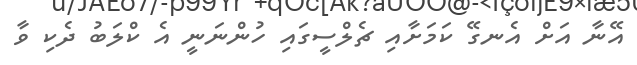
އޭނާ އަށް އެނގޭ ކަމަށާއި ޗެލްސީގައި ހުންނަނީ އެ ކްލަބު ދެކި ވާ